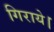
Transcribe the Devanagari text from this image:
गिराये।